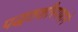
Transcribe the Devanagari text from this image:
पद्धतशीरपणाने